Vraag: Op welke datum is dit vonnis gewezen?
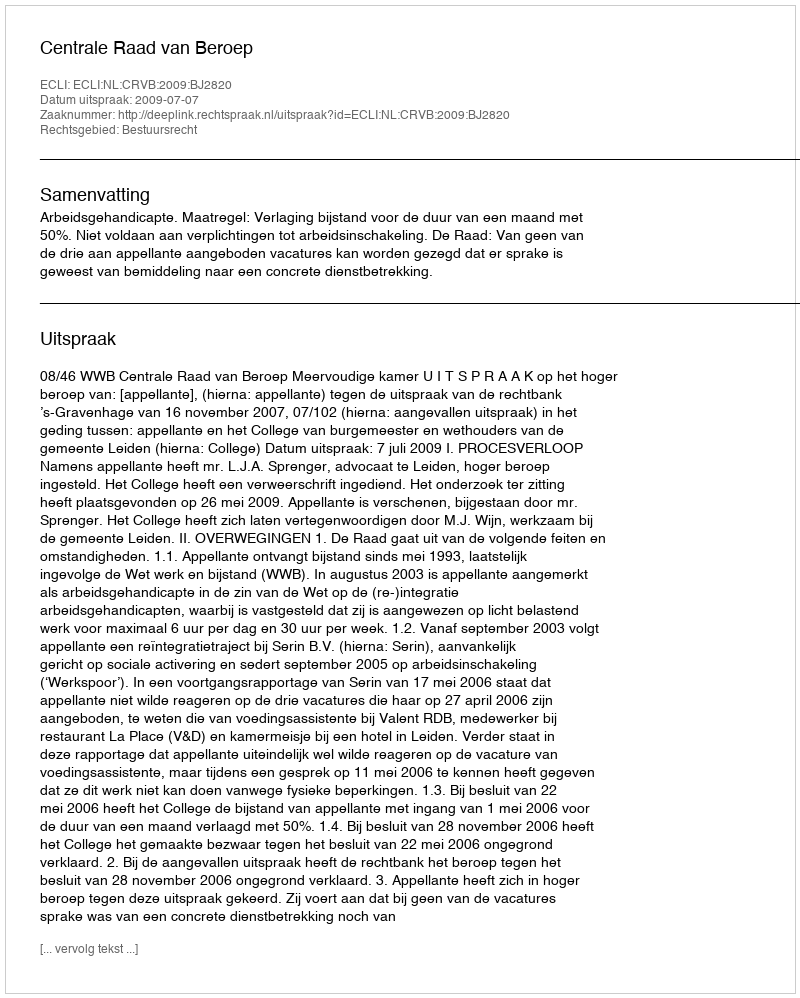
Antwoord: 2009-07-07